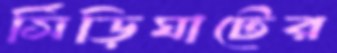
সিঁড়িঘাটের